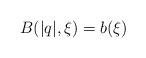
LaTeX: \begin{align*} B(|q|,\xi) = b(\xi)\end{align*}